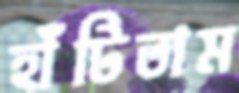
হাঁটিতাম